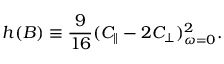
h ( B ) \equiv \frac { 9 } { 1 6 } ( C _ { \| } - 2 C _ { \bot } ) _ { \omega = 0 } ^ { 2 } .